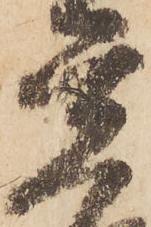
覚